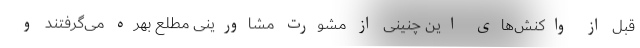
قبل از واکنش‌های این چنینی از مشورت مشاورینی مطلع بهره می‌گرفتند و